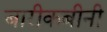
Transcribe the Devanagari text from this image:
बारीकबीनी